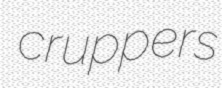
cruppers